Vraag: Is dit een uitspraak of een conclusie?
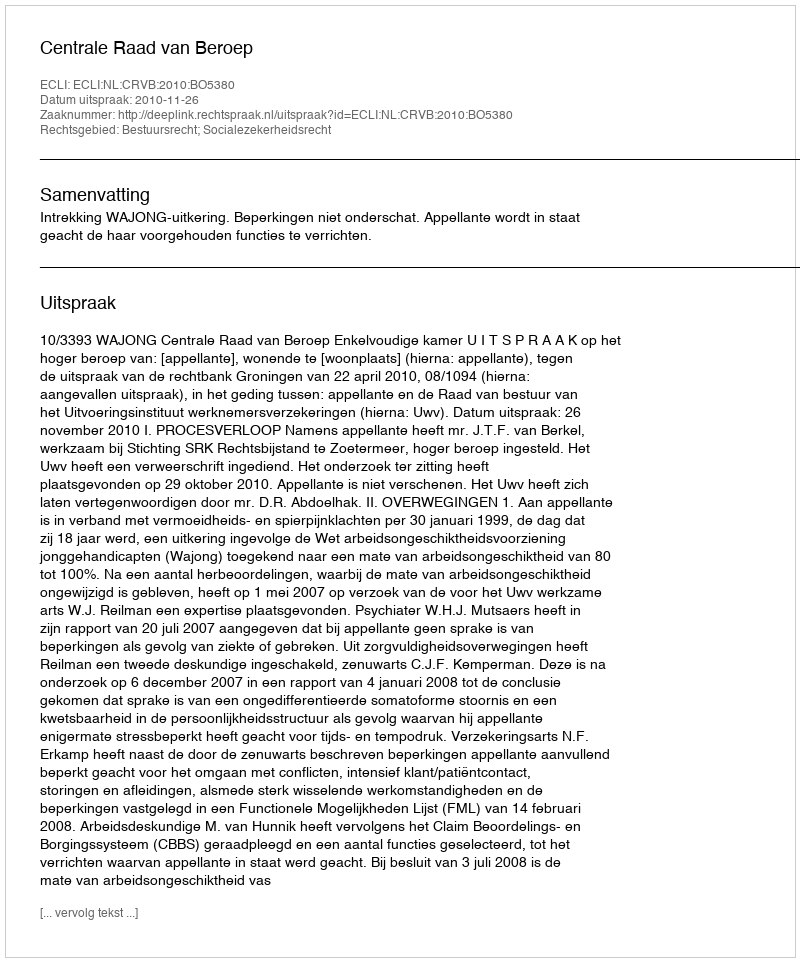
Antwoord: Uitspraak